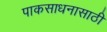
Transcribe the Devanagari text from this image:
पाकसाधनासाठी